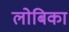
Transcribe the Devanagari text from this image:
लोबिका